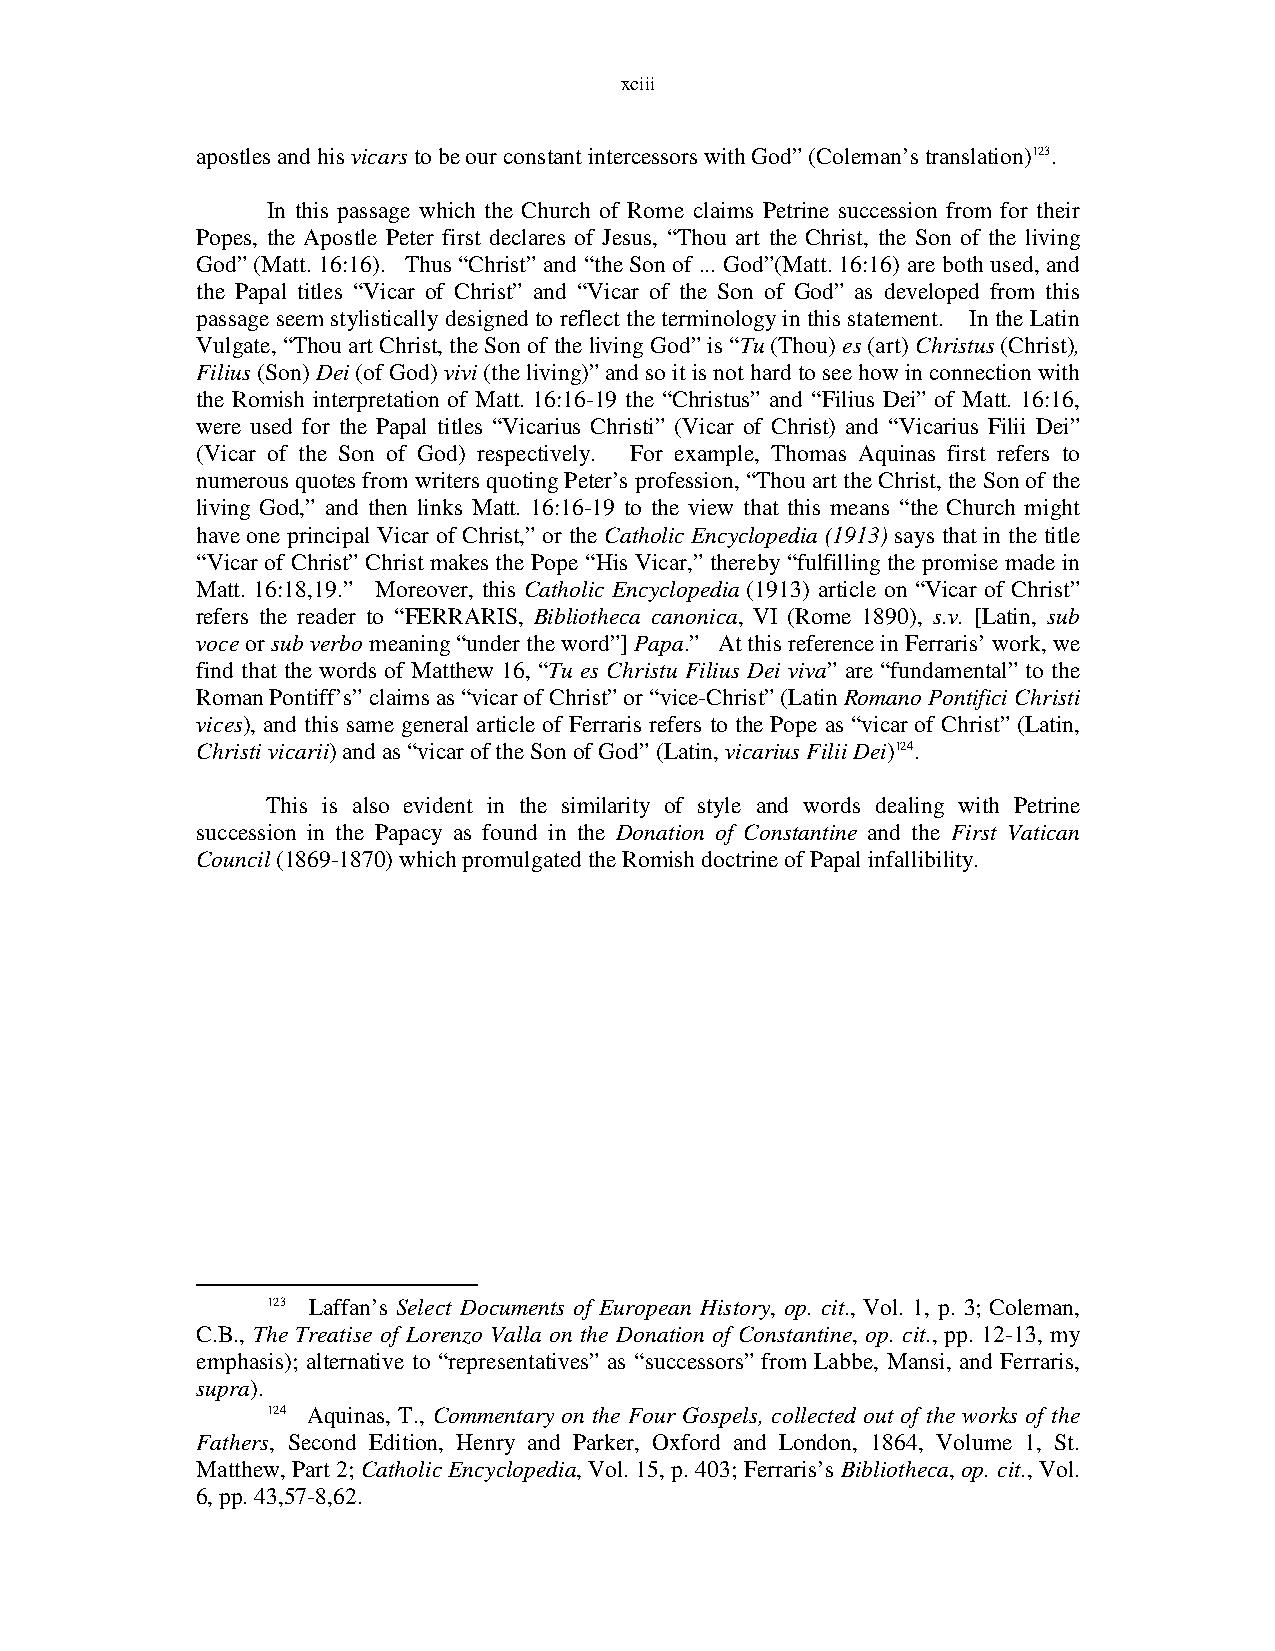
xciii
 apostles and his vicars to be our constant intercessors with God” (Coleman’s translation)123.
 In this passage which the Church of Rome claims Petrine succession from for their
 Popes, the Apostle Peter first declares of Jesus, “Thou art the Christ, the Son of the living
 God” (Matt. 16:16). Thus “Christ” and “the Son of ... God”(Matt. 16:16) are both used, and
 the Papal titles “Vicar of Christ” and “Vicar of the Son of God” as developed from this
 passage seem stylistically designed to reflect the terminology in this statement. In the Latin
 Vulgate, “Thou art Christ, the Son of the living God” is “Tu (Thou) es (art) Christus (Christ),
 Filius (Son) Dei (of God) vivi (the living)” and so it is not hard to see how in connection with
 the Romish interpretation of Matt. 16:16-19 the “Christus” and “Filius Dei” of Matt. 16:16,
 were used for the Papal titles “Vicarius Christi” (Vicar of Christ) and “Vicarius Filii Dei”
 (Vicar of the Son of God) respectively. For example, Thomas Aquinas first refers to
 numerous quotes from writers quoting Peter’s profession, “Thou art the Christ, the Son of the
 living God,” and then links Matt. 16:16-19 to the view that this means “the Church might
 have one principal Vicar of Christ,” or the Catholic Encyclopedia (1913) says that in the title
 “Vicar of Christ” Christ makes the Pope “His Vicar,” thereby “fulfilling the promise made in
 Matt. 16:18,19.” Moreover, this Catholic Encyclopedia (1913) article on “Vicar of Christ”
 refers the reader to “FERRARIS, Bibliotheca canonica, VI (Rome 1890), s.v. [Latin, sub
 voce or sub verbo meaning “under the word”] Papa.” At this reference in Ferraris’ work, we
 find that the words of Matthew 16, “Tu es Christu Filius Dei viva” are “fundamental” to the
 Roman Pontiff’s” claims as “vicar of Christ” or “vice-Christ” (Latin Romano Pontifici Christi
 vices), and this same general article of Ferraris refers to the Pope as “vicar of Christ” (Latin,
 Christi vicarii) and as “vicar of the Son of God” (Latin, vicarius Filii Dei)124.
 This is also evident in the similarity of style and words dealing with Petrine
 succession in the Papacy as found in the Donation of Constantine and the First Vatican
 Council (1869-1870) which promulgated the Romish doctrine of Papal infallibility.
 123 Laffan’s Select Documents of European History, op. cit., Vol. 1, p. 3; Coleman,
 C.B., The Treatise of Lorenzo Valla on the Donation of Constantine, op. cit., pp. 12-13, my
 emphasis); alternative to “representatives” as “successors” from Labbe, Mansi, and Ferraris,
 supra).
 124 Aquinas, T., Commentary on the Four Gospels, collected out of the works of the
 Fathers, Second Edition, Henry and Parker, Oxford and London, 1864, Volume 1, St.
 Matthew, Part 2; Catholic Encyclopedia, Vol. 15, p. 403; Ferraris’s Bibliotheca, op. cit., Vol.
 6, pp. 43,57-8,62.